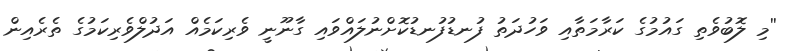
''މި ލޮބުވެތި ގައުމުގެ ކަރާމަތާއި ވަހުދަތު ފުނޑުފުނޑުކޮށްނުލައްވައި ގާނޫނީ ވެރިކަމެއް އަދުލްވެރިކަމުގެ ތެރެއިން